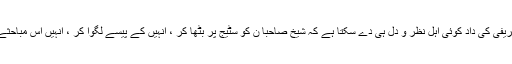
اب میاں صاحب کی اس ستم ظریفی کی داد کوئی اہل نظر و دل ہی دے سکتا ہے کہ شیخ صاحبا ن کو سٹیج پر بٹھا کر ، انہیں کے پیسے لگوا کر ، انہیں اس مباحثے کو سننےپر مجبور کیا جائے۔